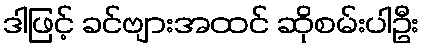
ဒါဖြင့် ခင်ဗျားအထင် ဆိုစမ်းပါဦး